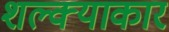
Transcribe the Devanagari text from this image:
शल्क्याकार